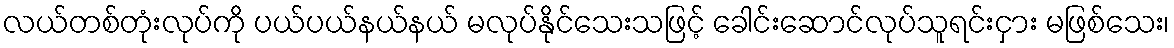
လယ်တစ်တုံးလုပ်ကို ပယ်ပယ်နယ်နယ် မလုပ်နိုင်သေးသဖြင့် ခေါင်းဆောင်လုပ်သူရင်းငှား မဖြစ်သေး၊